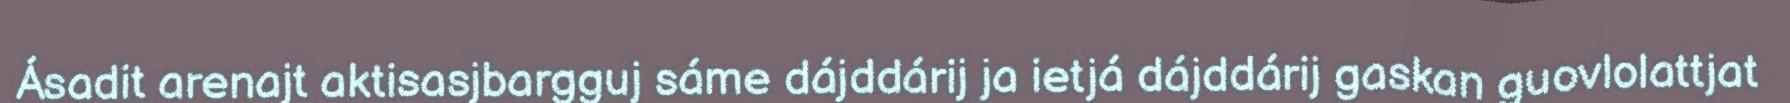
Ásadit arenajt aktisasjbargguj sáme dájddárij ja ietjá dájddárij gaskan guovlolattjat